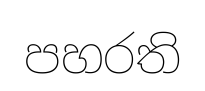
පහරති